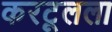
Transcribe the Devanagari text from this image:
करटूलला